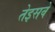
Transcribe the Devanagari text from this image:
तेइसवे